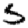
Digit: 5